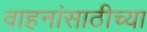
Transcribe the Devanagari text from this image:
वाहनांसाठीच्या